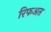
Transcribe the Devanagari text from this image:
रिफअत